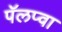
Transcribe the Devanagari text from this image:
पॅलप्वा